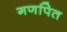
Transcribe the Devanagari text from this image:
गणपित